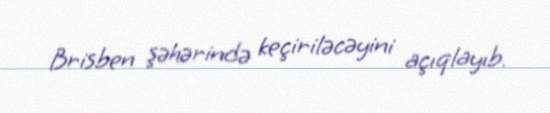
Brisben şəhərində keçiriləcəyini açıqlayıb.